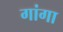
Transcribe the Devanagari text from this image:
गांगा